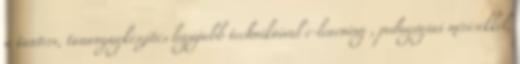
a tanterv, tananyagkészítés legújabb technikáival e-learning , pedagógiai mérésekkel,